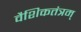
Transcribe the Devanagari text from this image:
वैशिकतंत्रम्